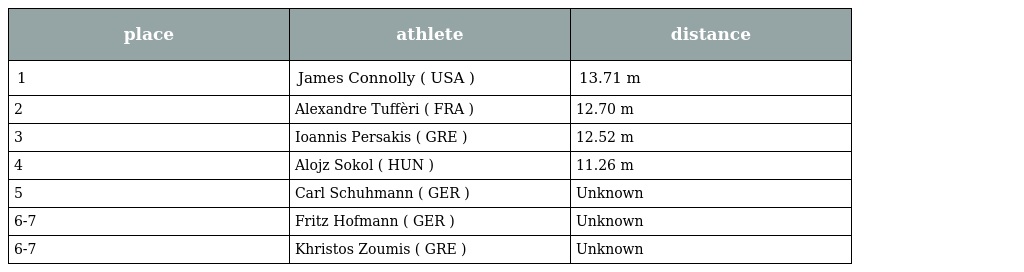
| place | athlete | distance |
 | --- | --- | --- |
 | 1 | James Connolly ( USA ) | 13.71 m |
 | 2 | Alexandre Tuffèri ( FRA ) | 12.70 m |
 | 3 | Ioannis Persakis ( GRE ) | 12.52 m |
 | 4 | Alojz Sokol ( HUN ) | 11.26 m |
 | 5 | Carl Schuhmann ( GER ) | Unknown |
 | 6-7 | Fritz Hofmann ( GER ) | Unknown |
 | 6-7 | Khristos Zoumis ( GRE ) | Unknown |